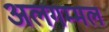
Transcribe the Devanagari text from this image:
अलगम्मल